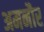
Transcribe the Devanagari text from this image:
अमनौर